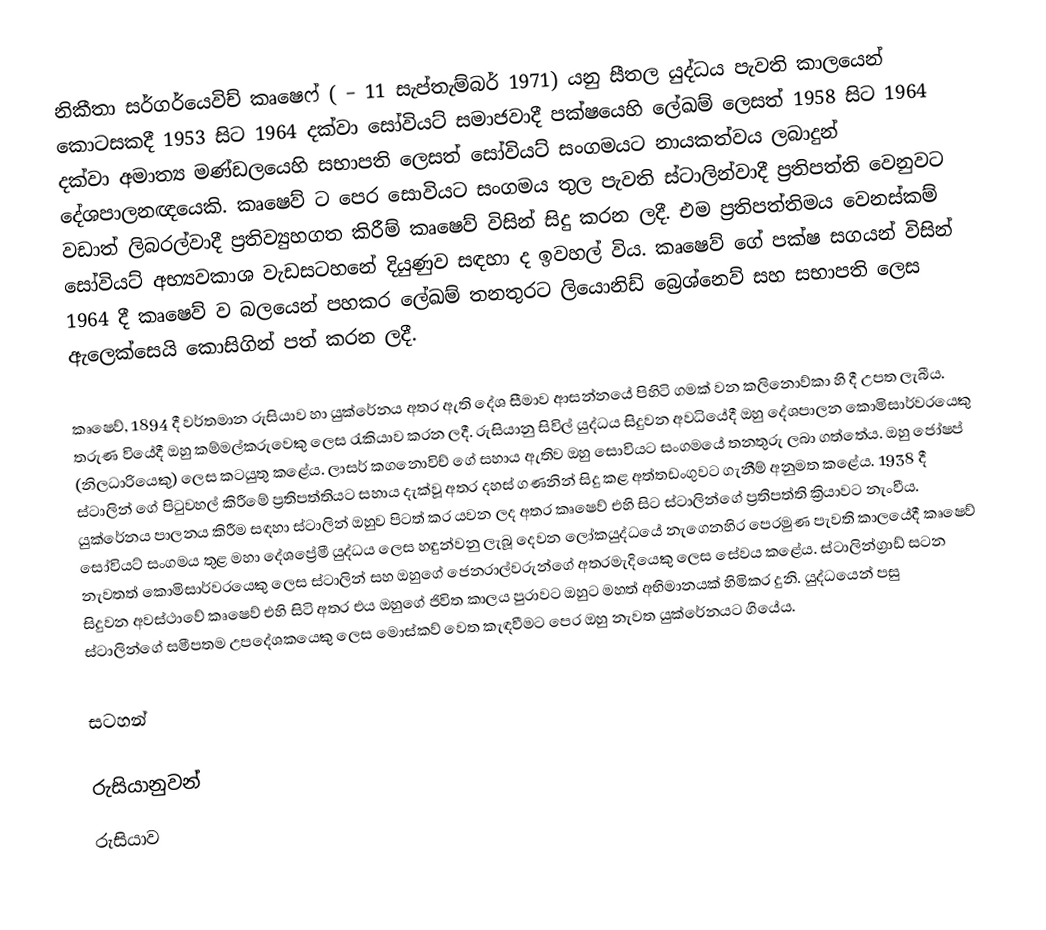
නිකීතා සර්ගර්යෙවිච් කෘෂෙෆ් ( – 11 සැප්තැම්බර් 1971) යනු  සීතල යුද්ධය පැවති කාලයෙන් කොටසකදී 1953 සිට 1964 දක්වා සෝවියට් සමාජවාදී පක්ෂයෙහි ලේඛම් ලෙසත් 1958 සිට 1964 දක්වා අමාත්‍ය මණ්ඩලයෙහි සභාපති ලෙසත් සෝවියට් සංගමයට නායකත්වය ලබාදුන් දේශපාලනඥයෙකි. කෘෂෙව් ට පෙර සොවියට සංගමය තුල පැවති ස්ටාලින්වාදී ප්‍රතිපත්ති වෙනුවට වඩාත් ලිබරල්වාදී ප්‍රතිව්‍යුහගත කිරීම් කෘෂෙව් විසින් සිදු කරන ලදී. එම ප්‍රතිපත්තිමය වෙනස්කම් සෝවියට් අභ්‍යවකාශ වැඩසටහනේ දියුණුව සඳහා ද ඉවහල් විය. කෘෂෙව් ගේ පක්ෂ සගයන් විසින් 1964 දී කෘෂෙව් ව බලයෙන් පහකර ලේඛම් තනතුරට ලියොනිඩ් බ්‍රෙශ්නෙව් සහ සභාපති ලෙස ඇලෙක්සෙයි කොසිගින් පත් කරන ලදී.

කෘෂෙව්, 1894 දී වර්තමාන රුසියාව හා යුක්රේනය අතර ඇති දේශ සීමාව ආසන්නයේ පිහිටි ගමක් වන කලිනොව්කා හි දී උපත ලැබීය. තරුණ වියේදී ඔහු කම්මල්කරුවෙකු ලෙස රැකියාව කරන ලදී. රුසියානු සිවිල් යුද්ධය සිදුවන අවධියේදී ඔහු දේශපාලන කොමිසාර්වරයෙකු (නිලධාරියෙකු) ලෙස කටයුතු කළේය. ලාසර් කගනොවිච් ගේ සහාය ඇතිව ඔහු සොවියට සංගමයේ තනතුරු ලබා ගත්තේය. ඔහු ජෝෂප් ස්ටාලින් ගේ පිටුවහල් කිරීමේ ප්‍රතිපත්තියට සහාය දැක්වූ අතර දහස් ගණනින් සිදු කළ අත්තඩංගුවට ගැනීම් අනුමත කළේය. 1938 දී යුක්රේනය පාලනය කිරීම සඳහා ස්ටාලින් ඔහුව පිටත් කර යවන ලද අතර කෘෂෙව් එහි සිට ස්ටාලින්ගේ ප්‍රතිපත්ති ක්‍රියාවට නැංවීය. සෝවියට් සංගමය තුළ මහා දේශප්‍රේමී යුද්ධය ලෙස හඳුන්වනු ලැබූ දෙවන ලෝකයුද්ධයේ නැගෙනහිර පෙරමුණ පැවති කාලයේදී කෘෂෙව් නැවතත් කොමිසාර්වරයෙකු ලෙස ස්ටාලින් සහ ඔහුගේ ජෙනරාල්වරුන්ගේ අතරමැදියෙකු ලෙස සේවය කළේය. ස්ටාලින්ග්‍රාඩ් සටන සිදුවන අවස්ථාවේ කෘෂෙව් එහි සිටි අතර එය ඔහුගේ ජිවිත කාලය පුරාවට ඔහුට මහත් අභිමානයක් හිමිකර දුනි. යුද්ධයෙන් පසු ස්ටාලින්ගේ සමීපතම උපදේශකයෙකු ලෙස මොස්කව් වෙත කැඳවීමට පෙර ඔහු නැවත යුක්රේනයට ගියේය.

සටහන්

රුසියානුවන්
රුසියාව